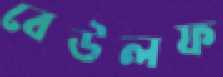
বেউলফ